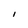
Character: i